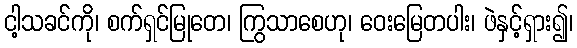
ငါ့သခင်ကို၊ စက်ရှင်မြုတေ၊ ကြွသာစေဟု၊ ဝေးမြေတပါး၊ ဖဲနှင့်ရှား၍၊